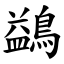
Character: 鷁